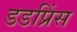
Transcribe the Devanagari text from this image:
डडप्रिंस